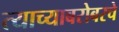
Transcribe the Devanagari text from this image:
त्याच्याबरोबरचे